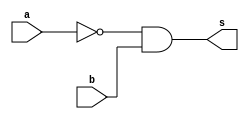
// -------------------------
// Exemplo_0500 - GATES
// Nome: Marcos Antonio Lommez Candido Ribeiro
// -------------------------

// -------------------------
// f5_gate
// m a b s
// 0 0 0 0
// 1 0 1 1 <- a'.b
// 2 1 0 0
// 3 1 1 0
//
// -------------------------
module f5a (output s, input a, input b );
    // definir dado local
    wire not_a;
    // descrever por portas
    not NOT1 ( not_a, a );
    and AND1 ( s, not_a, b );
endmodule // f5a

// -------------------------
// f5_gate
// m a b s
// 0 0 0 0
// 1 0 1 1 <- a'.b
// 2 1 0 0
// 3 1 1 0
//
// -------------------------
module f5b (output s, input a, input b );
    // descrever por expressao
    assign s = ~a & b;
endmodule // f5b

module test_f5;
    // ------------------------- definir dados
    reg x;
    reg y;
    wire a, b;
    f5a moduloA ( a, x, y );
    f5b moduloB ( b, x, y );
    // ------------------------- parte principal
    initial
        begin : main
            $display("Exemplo_0500 - Marcos Antonio Lommez - 771157");
            $display("Test module");
            $display(" x y a b");
            // projetar testes do modulo
            $monitor("%4b %4b %4b %4b", x, y, a, b);
            x = 1'b0; y = 1'b0;
            #1 x = 1'b0; y = 1'b1;
            #1 x = 1'b1; y = 1'b0;
            #1 x = 1'b1; y = 1'b1;
    end
endmodule // test_f5